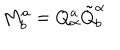
LaTeX: M _ { b } ^ { a } = Q _ { \alpha } ^ { a } \tilde { Q } _ { b } ^ { \alpha }